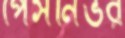
পেসনির্ভর